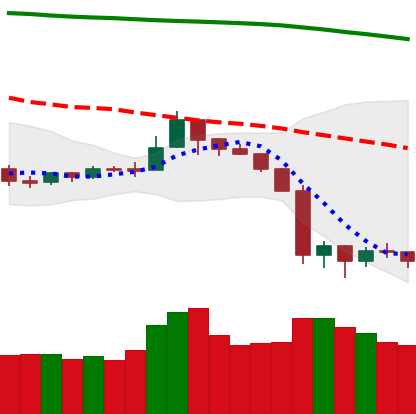
Ticker: NEO-USD
Chart end date: 2019-09-29
Forward return: 3.447%
Label: up_3_5